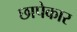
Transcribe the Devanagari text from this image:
छापेकार